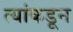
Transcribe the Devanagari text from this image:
त्यांकडून